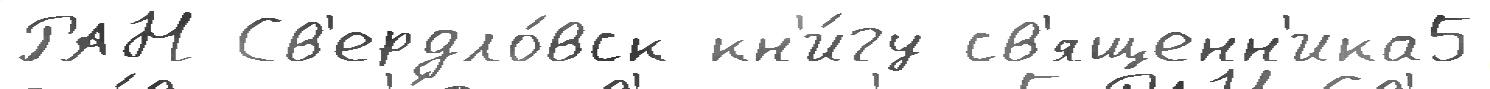
РАН Св'ердло́вск кн'и́гу св'ященн'ика5